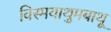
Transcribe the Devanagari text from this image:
विस्मयाथुमबाथू